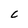
Character: C